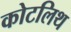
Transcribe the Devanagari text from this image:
कोटलिथ